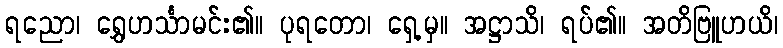
ရညော၊ ရွှေဟင်္သာမင်း၏။ ပုရတော၊ ရှေ့မှ။ အဋ္ဌာသိ၊ ရပ်၏။ အတိဗြူဟယိ၊